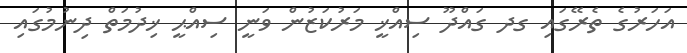
އަހަރުގެ ތެރޭގައި ގދ ގައްދޫ ސިއްޚީ މަރުކަޒުން ވަނީ ސިއްޙީ ޚިދުމަތް ދިނުމުގައި